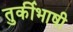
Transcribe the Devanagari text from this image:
तुर्कीभाषी